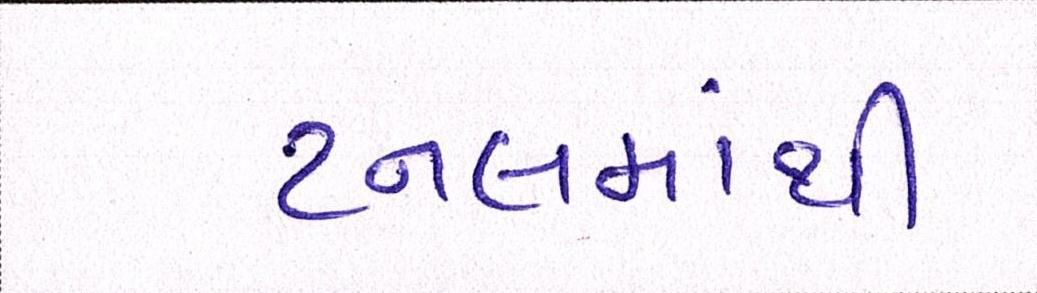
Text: ટનલમાંથી